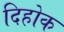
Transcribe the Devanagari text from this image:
दिहोक